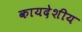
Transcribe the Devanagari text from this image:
कायदेशीय